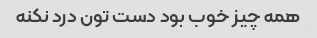
همه چیز خوب بود دست تون درد نکنه